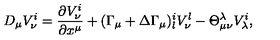
D _ { \mu } V _ { \nu } ^ { i } = \frac { \partial V _ { \nu } ^ { i } } { \partial x ^ { \mu } } + ( \Gamma _ { \mu } + \Delta \Gamma _ { \mu } ) _ { l } ^ { i } V _ { \nu } ^ { l } - \Theta _ { \mu \nu } ^ { \lambda } V _ { \lambda } ^ { i } ,